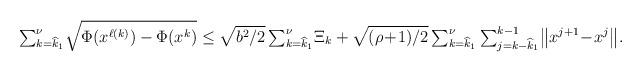
LaTeX: \begin{align*}{\textstyle\sum_{k=\widehat{k}_1}^{\nu}}\sqrt{\Phi(x^{\ell(k)})-\Phi(x^k)}\le \sqrt{b^2/2}\,{\textstyle\sum_{k=\widehat{k}_1}^{\nu}}\Xi_k+\sqrt{(\rho\!+\!1)/2}\,{\textstyle\sum_{k=\widehat{k}_1}^{\nu}\sum_{j=k-\widehat{k}_1}^{k-1}}\big\|x^{j+1}\!-\!x^{j}\big\|.\end{align*}